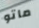
ماتو